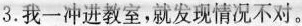
3.我一冲进教室,就发现情况不对。